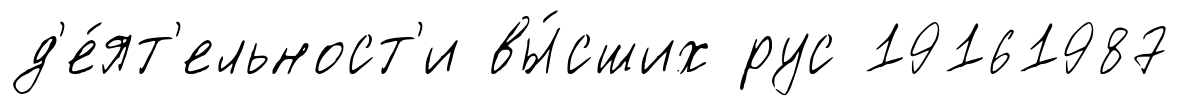
д'е́ят'ельност'и вы́сших рус 19161987